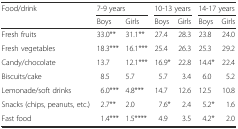
<table><thead><tr><td rowspan="2"><b>Food/drink</b></td><td colspan="2"><b>7-9 years</b></td><td colspan="2"><b>10-13 years</b></td><td colspan="2"><b>14-17 years</b></td></tr><tr><td><b>Boys</b></td><td><b>Girls</b></td><td><b>Boys</b></td><td><b>Girls</b></td><td><b>Boys</b></td><td><b>Girls</b></td></tr></thead><tbody><tr><td>Fresh fruits</td><td>33.0**</td><td>31.1**</td><td>27.4</td><td>28.3</td><td>23.8</td><td>24.0</td></tr><tr><td>Fresh vegetables</td><td>18.3***</td><td>16.1***</td><td>25.4</td><td>26.3</td><td>25.3</td><td>29.2</td></tr><tr><td>Candy/chocolate</td><td>13.7</td><td>12.1***</td><td>16.9*</td><td>22.8</td><td>14.4*</td><td>22.4</td></tr><tr><td>Biscuits/cake</td><td>8.5</td><td>5.7</td><td>5.7</td><td>3.4</td><td>6.0</td><td>5.2</td></tr><tr><td>Lemonade/soft drinks</td><td>6.0***</td><td>4.8***</td><td>14.7</td><td>12.6</td><td>12.5</td><td>10.8</td></tr><tr><td>Snacks (chips, peanuts, etc.)</td><td>2.7**</td><td>2.0</td><td>7.6*</td><td>2.4</td><td>5.2*</td><td>1.6</td></tr><tr><td>Fast food</td><td>1.4***</td><td>1.5****</td><td>4.9</td><td>3.5</td><td>4.2*</td><td>2.0</td></tr></tbody></table>